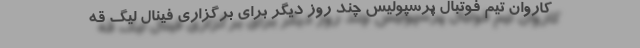
کاروان تیم فوتبال پرسپولیس چند روز دیگر برای برگزاری فینال لیگ قه